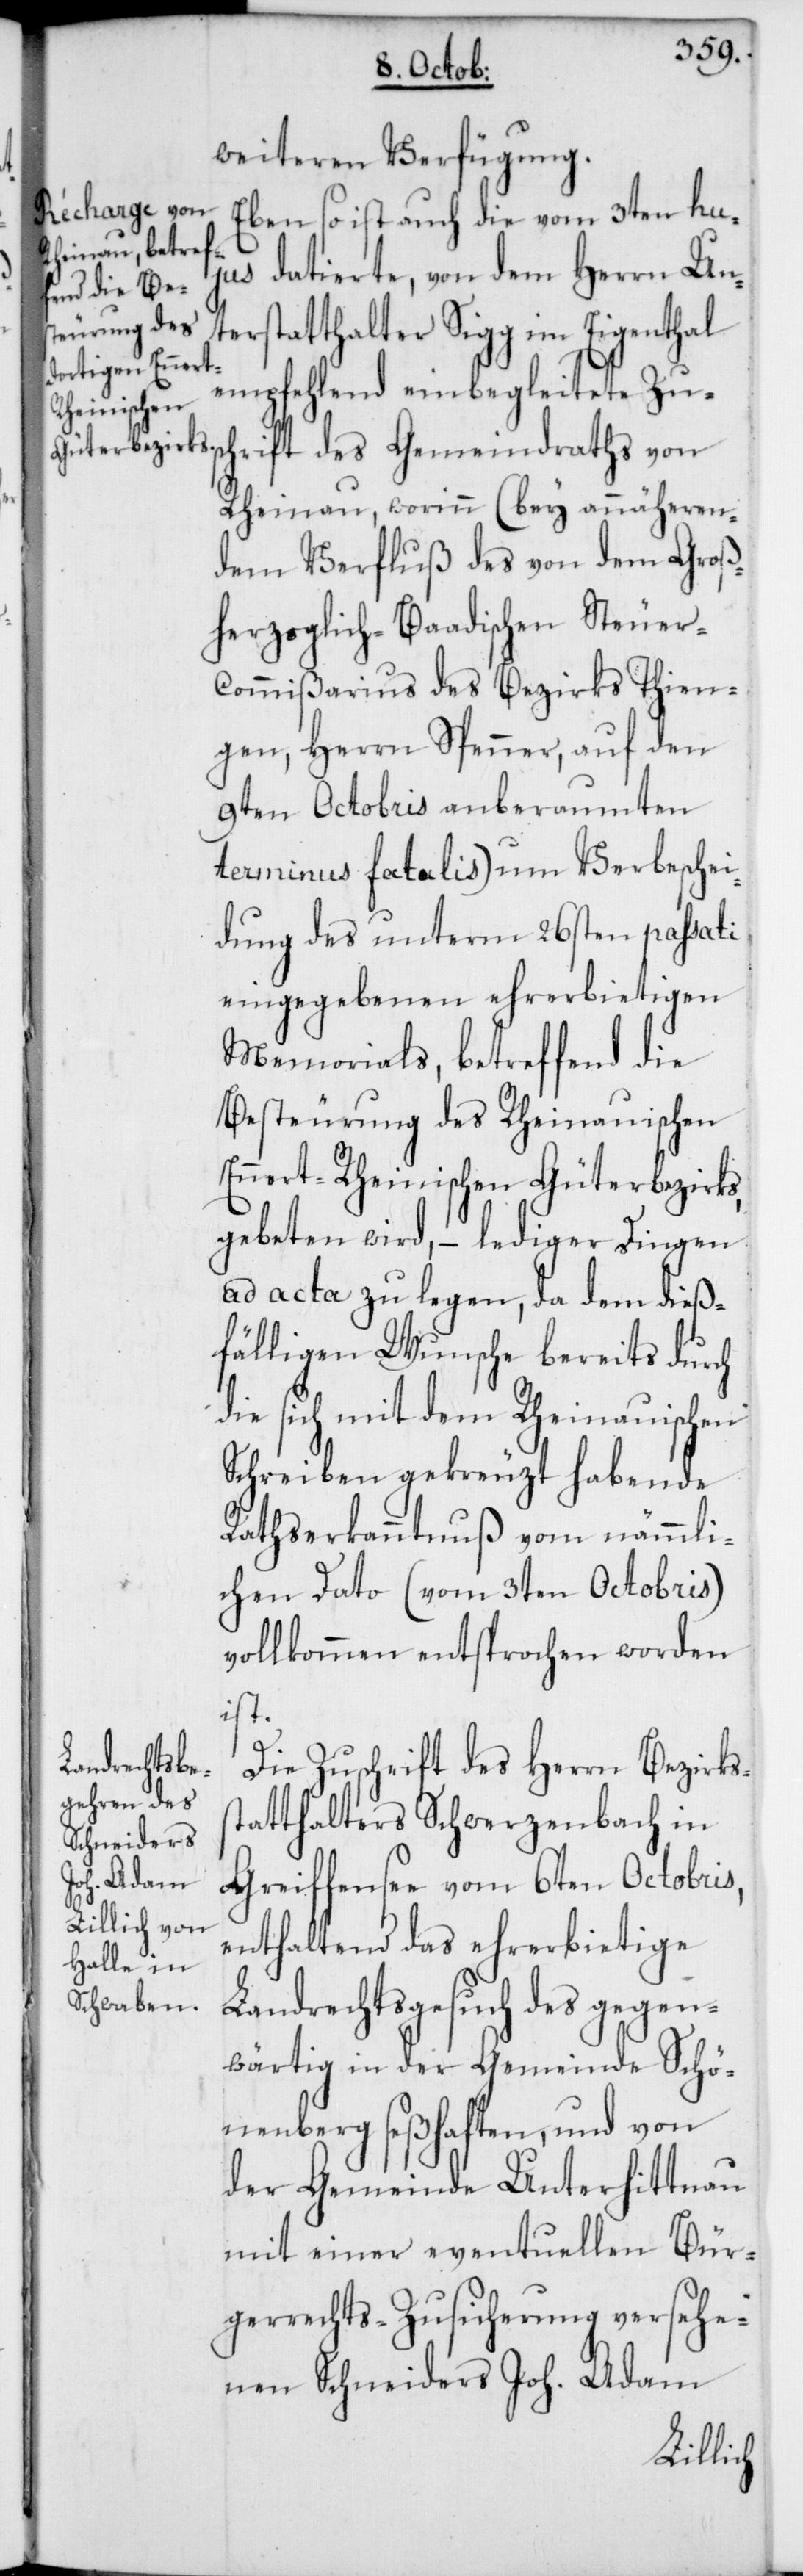
weiteren Verfügung.
jus datierte, von dem Herrn Un¬
terstatthalter Sigg im Eigenthal
empfehlend einbegleitete Zu¬
schrift des Gemeindraths von
Rheinau, worinn (bey annäheren¬
dem Verfluß des von dem Groß¬
herzoglich-Baadischen Steue¬
r-Commißarius des Bezirks Thien¬
gen, Herrn Spenner, auf den
9ten Octobris anberaumten
terminus fatalis) um Verbeschei¬
dung des unterm 26sten passati
eingegebenen ehrerbietigen
Memorials, betreffend die
Besteurung des Rheinauischen
Ennert-Rheinischen Güterbezirks,
gebeten wird, – lediger Dingen
ad acta zu legen, da dem dieß¬
fälligen Wunsche bereits durch
sich mit dem Rheinauischen
Schreiben gekreuzt habende
Rathserkanntnuß vom nämmli¬
chen Dato (vom 3ten Octobris)
vollkommen entsprochen worden
ist.
Die Zuschrift des Herrn Bezirks¬
statthalters Schwerzenbach in
Greiffensee vom 6ten Octobris,
enthaltend das ehrerbietige
Landrechtsgesuch des gegen¬
wärtig in der Gemeinde Schö¬
nenberg seßhaften, und von
der Gemeinde Unterhittnau
mit einer eventuellen Bür¬
gerrechts-Zusicherung versehe¬
nen Schneiders Joh. Adam
3ten hu¬